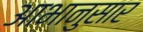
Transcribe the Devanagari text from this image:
आभानुसार